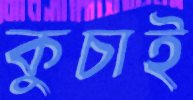
কুচাই